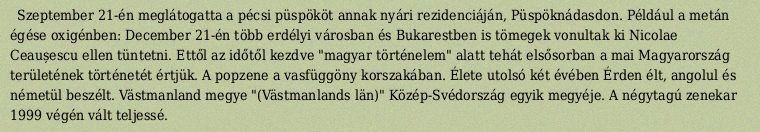
Szeptember 21-én meglátogatta a pécsi püspököt annak nyári rezidenciáján, Püspöknádasdon. Például a metán égése oxigénben: December 21-én több erdélyi városban és Bukarestben is tömegek vonultak ki Nicolae Ceaușescu ellen tüntetni. Ettől az időtől kezdve "magyar történelem" alatt tehát elsősorban a mai Magyarország területének történetét értjük. A popzene a vasfüggöny korszakában. Élete utolsó két évében Érden élt, angolul és németül beszélt. Västmanland megye "(Västmanlands län)" Közép-Svédország egyik megyéje. A négytagú zenekar 1999 végén vált teljessé.